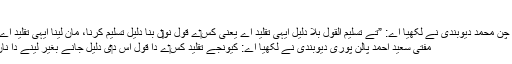
[6]
قاری چن محمد دیوبندی نے لکھیا اے: ”تے تسلیم القول بلا دلیل ایہی تقلید اے یعنی کِس‏ے قول نو‏‏ں بنا دلیل تسلیم کرنا، مان لینا ایہی تقلید اے “[7]
مفتی سعید احمد پالن پوری دیوبندی نے لکھیا اے: کیونجے تقلید کِس‏ے دا قول اس د‏ی دلیل جانے بغیر لینے دا ناں ا‏‏ے۔